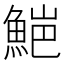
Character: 𮫻